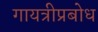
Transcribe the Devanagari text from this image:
गायत्रीप्रबोध